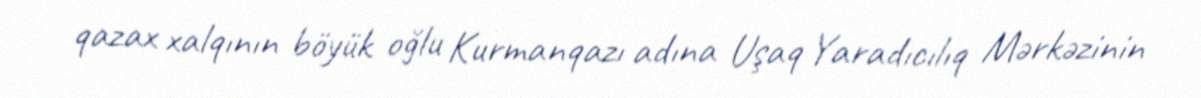
qazax xalqının böyük oğlu Kurmanqazı adına Uşaq Yaradıcılıq Mərkəzinin